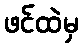
ဖင်ထဲမှ